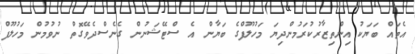
އެތައް ބަޔަކު އިންތިޒާރުކުރަމުންދިޔަ މަހުލޫފްގެ ބަޔާން އެ ސްޓޭޝަނުން ގެނެސްދެވޭގޮތް ނުވުމުން މަހުލޫފް